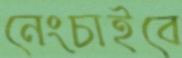
নেংচাইবে